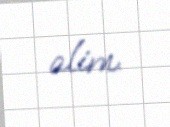
alim.